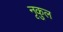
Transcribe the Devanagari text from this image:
नृकुल